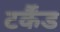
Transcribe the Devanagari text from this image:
टर्कैंड